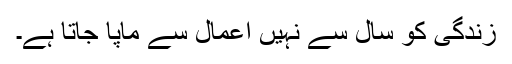
زندگی کو سال سے نہیں اعمال سے ماپا جاتا ہے۔